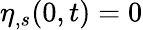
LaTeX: \eta_{,s}(0,t)=0